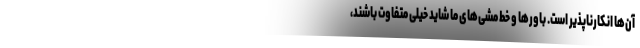
آن‌ها انکارناپذیر است. باورها و خط مشی‌های ما شاید خیلی متفاوت باشند،